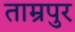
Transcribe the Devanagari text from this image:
ताम्रपुर